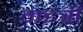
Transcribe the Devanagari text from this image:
मइत्री